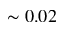
\sim 0 . 0 2